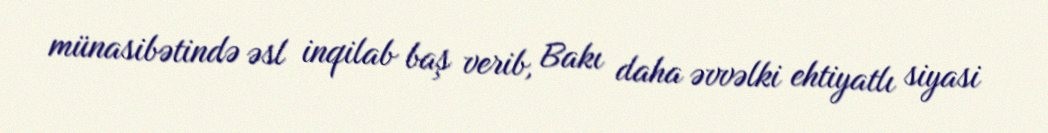
münasibətində əsl inqilab baş verib, Bakı daha əvvəlki ehtiyatlı siyasi